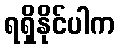
ရရှိနိုင်ပါက